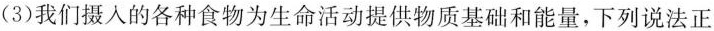
(3)我们摄人的各种食物为生命活动提供物质基础和能量，下列说法正